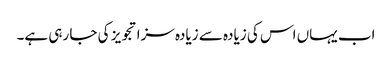
اب یہاں اس کی زیادہ سے زیادہ سزا تجویز کی جا رہی ہے۔